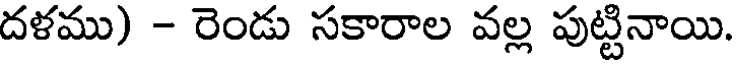
దళము) - రెండు సకారాల వల్ల పుట్టినాయి.